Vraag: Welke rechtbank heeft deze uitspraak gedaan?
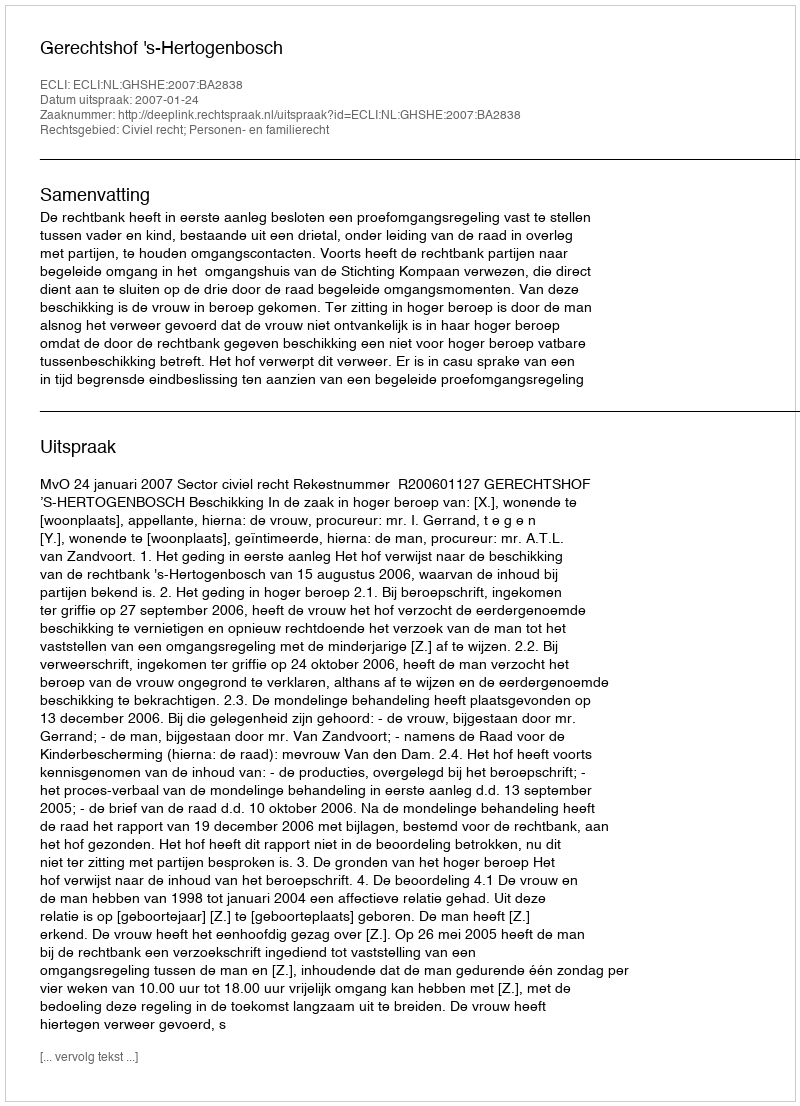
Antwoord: Gerechtshof 's-Hertogenbosch